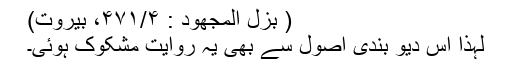
( بزل المجھود : ۴۷۱/۴، بیروت)
لہذا اس دیو بندی اصول سے بھی یہ روایت مشکوک ہوئی۔